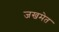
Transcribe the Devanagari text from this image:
जखमेत